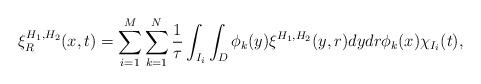
LaTeX: \begin{align*}\xi^{H_{1},H_{2}}_{R}(x,t)=\sum_{i=1}^{M}\sum_{k=1}^{N}\frac{1}{\tau}\int_{I_{i}}\int_{D}\phi_{k}(y)\xi^{H_{1},H_{2}}(y,r)dydr\phi_{k}(x)\chi_{I_{i}}(t),\end{align*}